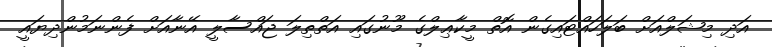
އަދި މިޝަލްއަށް ބަލަހައްޓައިގެން އޮތް މީކާޢިލްގެ މޫނުގައި އަތްތިލަ ޖައްސާލީ އޭނާއަށް ފެންނަމުންދިޔައީ